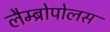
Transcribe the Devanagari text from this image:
लैम्ब्रोपोलस